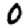
Digit: 0